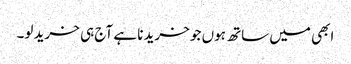
ابھی میں ساتھ ہوں جو خریدنا ہے آج ہی خرید لو۔